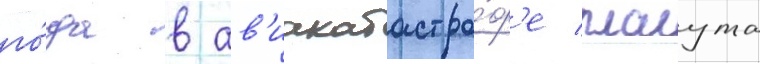
го́да в ав'иакатастро́ф'е плаута